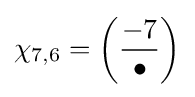
\chi _{7,6}=\left({\frac {-7}{\bullet }}\right)